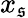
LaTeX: x_{\mathfrak{s}}